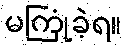
မကြုံခဲ့ရ။